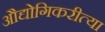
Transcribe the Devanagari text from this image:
औद्योगिकरीत्या